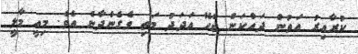
ކުރާއިރު އަތުން ދައްކަން ޖެހޭ އަދަދު މަތި ވެގެންދާނެ އެވެ. މިއީ މާލީ